Annual administration report of the Civil Veterinary Department of India - 1896-1897
Year: 1896
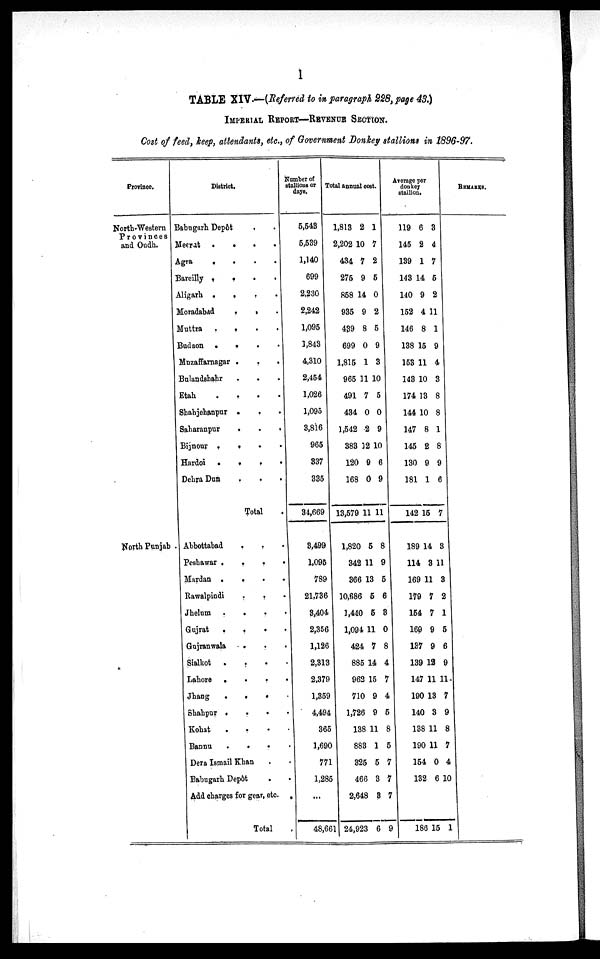
1
TABLE XIV.—(Referred to in paragraph 228, page 43.)
IMPERIAL REPORT—REVENUE SECTION.
Cost of feed, keep, attendants, etc., of Government Donkey stallions in 1896-97.
Province.
North-Western
Provinces
and Oudh.
North Punjab .
District.
Babugarh Depôt . .
Meerut . . . .
Agra . . . .
Bareilly . .
.
.
Aligarh . . . .
Moradabad . . .
Muttra . . . .
Budaon . . . .
Muzaffarnagar . . .
Bulandshahr . . .
Etah
.
.
.
.
Shahjehanpur . . .
Saharanpur
.
.
.
Bijnour . . . .
Hardoi
.
.
.
.
Dehra Dun . . .
Total
Abbottabad . . .
Peshawar . .
.
Mardan . . . .
Rawalpindi
Jhelum .
.
. .
Gujrat . . . .
Gujranwala
.
.
Sialkot .
.
.
Lahore
.
.
.
Jhang
.
.
.
Shahpur
.
.
.
Kohat . . .
Bannu . . .
Dera Ismail Khan .
Babugarh Depôt
.
Add charges for gear, etc.
Total
Number of
stallious or
days.
5,543
5,539
1,140
699
2,230
2,242
1,095
1,843
4,310
2,454
1,026
1,095
3,816
965
337
335
34,669
3,499
1,095
789
21,736
3,404
2,356
1,126
2,313
2,379
1,359
4,494
365
1,690
771
1,285
...
48,661
Total annual cost.
1,813 2 1
2,202 10 7
434 7 2
275 9 5
858 14 0
935 9 2
439 8 5
699 0 9
1,815 1 3
965 11 10
491 7 5
434 0 0
1,542 2 9
383 12 10
120 9 6
168 0 9
13,579 11 11
1,820 5 8
342 11 9
366 13 5
10,686 5 6
1,440 5 3
1,094 11 0
424 7 8
885 14 4
962 15 7
710 9 4
1,726 9 5
138 11 8
883 1 5
325 5 7
466 3 7
2,648 3 7
24,923 6 9
Average per
donkey
stallion.
119 6 3
145 2 4
139 1 7
143 14 5
140 9 2
152 4 11
146 8 1
138 15 9
153 11 4
143 10 3
174 13 8
144 10 8
147 8 1
145 2 8
130 9 9
181 1 6
142 15 7
189 14 3
114 3 11
169 11 3
179 7 2
154 7 1
169 9 5
137 9 6
139 12 9
147 11 11.
190 13 7
140 3 9
138 11 8
190 11 7
154 0 4
132 6 10
186 15 1
REMARKS.